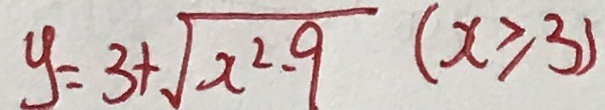
y = 3 + \sqrt { x ^ { 2 } - 9 } ( x \geq 3 )